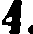
4.